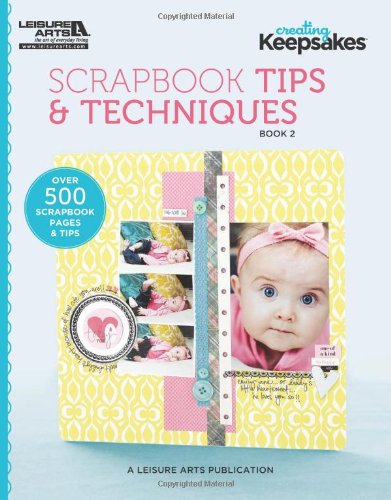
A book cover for Creating Keepsakes: Scrapbooking Tips & Techniques, Book 2; Crafts Media LLC; Crafts, Hobbies & Home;